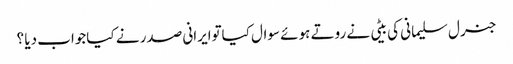
جنرل سلیمانی کی بیٹی نے روتے ہوئے سوال کیاتوایرانی صدر نے کیاجواب دیا ؟